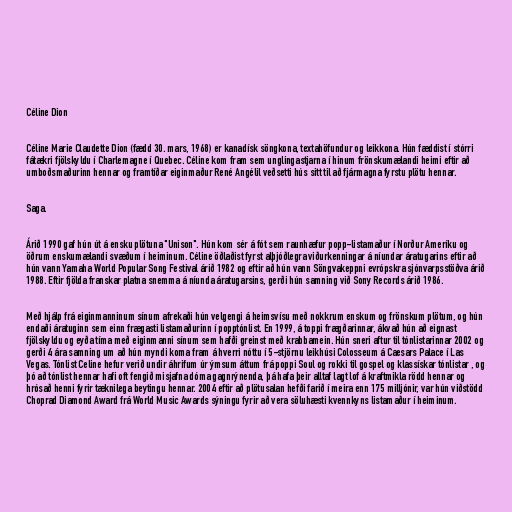
Céline Dion

Céline Marie Claudette Dion (fædd 30. mars, 1968) er kanadísk söngkona, textahöfundur og leikkona. Hún fæddist í stórri
fátækri fjölskyldu í Charlemagne í Quebec. Céline kom fram sem unglingastjarna í hinum frönskumælandi heimi eftir að
umboðsmaðurinn hennar og framtíðar eiginmaður René Angélil veðsetti hús sitt til að fjármagna fyrstu plötu hennar.

Saga.

Árið 1990 gaf hún út á ensku plötuna "Unison". Hún kom sér á fót sem raunhæfur popp-listamaður í Norður Ameríku og
öðrum enskumælandi svæðum í heiminum. Céline öðlaðist fyrst alþjóðlegra viðurkenningar á níundar áratugarins eftir að
hún vann Yamaha World Popular Song Festival árið 1982 og eftir að hún vann Söngvakeppni evrópskra sjónvarpsstöðva árið
1988. Eftir fjölda franskar platna snemma á níunda áratugarsins, gerði hún samning við Sony Records árið 1986.

Með hjálp frá eiginmanninum sínum afrekaði hún velgengi á heimsvísu með nokkrum enskum og frönskum plötum, og hún
endaði áratuginn sem einn frægasti listamaðurinn í popptónlist. En 1999, á toppi frægðarinnar, ákvað hún að eignast
fjölskyldu og eyða tíma með eiginmanni sínum sem hafði greinst með krabbamein. Hún sneri aftur til tónlistarinnar 2002 og
gerði 4 ára samning um að hún myndi koma fram á hverri nóttu í 5-stjörnu leikhúsi Colosseum á Caesars Palace í Las
Vegas. Tónlist Celine hefur verið undir áhrifum úr ýmsum áttum frá poppi Soul og rokki til gospel og klassískar tónlistar , og
þó að tónlist hennar hafi oft fengið misjafna dóma gagnrýnenda, þá hafa þeir alltaf lagt lof á kraftmikla rödd hennar og
hrósað henni fyrir tæknilega beytingu hennar. 2004 eftir að plötusalan hefði farið í meira enn 175 milljónir, var hún viðstödd
Choprad Diamond Award frá World Music Awards sýningu fyrir að vera söluhæsti kvennkyns listamaður í heiminum.